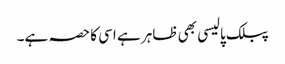
پبلک پالیسی بھی ظاہر ہے اسی کا حصہ ہے۔